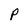
Character: P